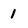
Character: 1